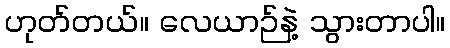
ဟုတ်တယ်။ လေယာဉ်နဲ့ သွားတာပါ။